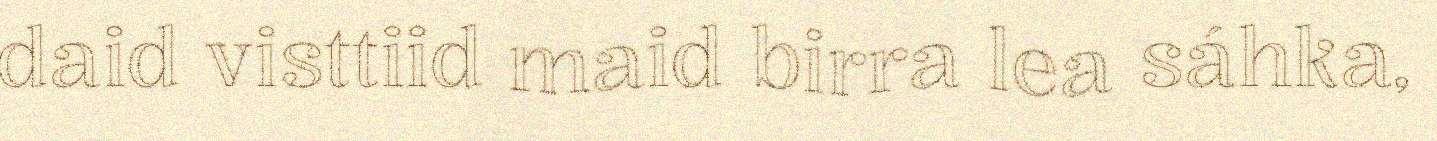
daid visttiid maid birra lea sáhka,